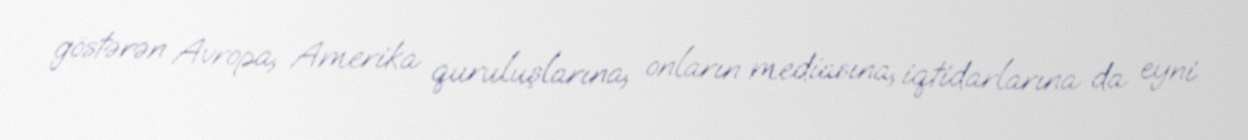
göstərən Avropa, Amerika quruluşlarına, onların mediasına, iqtidarlarına da eyni